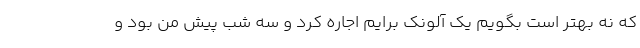
که نه بهتر است بگویم یک آلونک برایم اجاره کرد و سه شب پیش من بود و